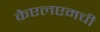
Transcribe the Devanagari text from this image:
केएलएमची